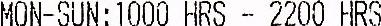
MON-SUN: 1000 HRS - 2200 HRS